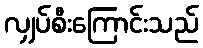
လျှပ်စီးကြောင်းသည်